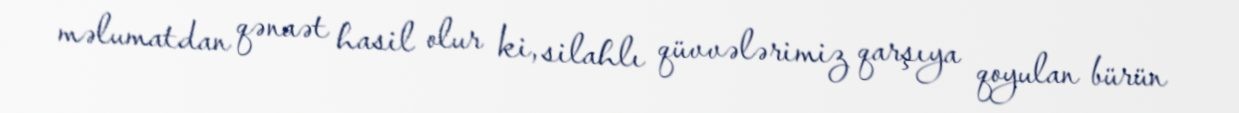
məlumatdan qənaət hasil olur ki, silahlı qüvvələrimiz qarşıya qoyulan bürün